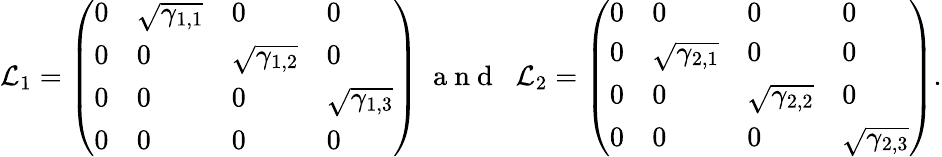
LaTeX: {\cal L}_{1}=\left(\begin{array}{llll}{0}&{\sqrt{\gamma_{1,1}}}&{0}&{0}\\ {0}&{0}&{\sqrt{\gamma_{1,2}}}&{0}\\ {0}&{0}&{0}&{\sqrt{\gamma_{1,3}}}\\ {0}&{0}&{0}&{0}\end{array}\right)\; \mathrm{~a~n~d~}\; \; {\cal L}_{2}=\left(\begin{array}{llll}{0}&{0}&{0}&{0}\\ {0}&{\sqrt{\gamma_{2,1}}}&{0}&{0}\\ {0}&{0}&{\sqrt{\gamma_{2,2}}}&{0}\\ {0}&{0}&{0}&{\sqrt{\gamma_{2,3}}}\end{array}\right).